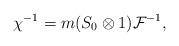
LaTeX: \begin{gather*}\chi^{-1}=m(S_0\otimes 1)\mathcal{F}^{-1},\end{gather*}